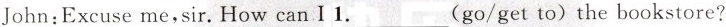
John:Excuse me,sir.How can I 1.___(go/get to)the bookstore?